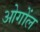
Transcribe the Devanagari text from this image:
ओगोंल